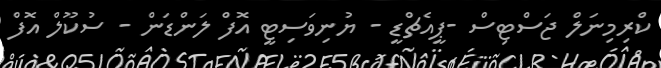
ކްރިމިނަލް ޖަސްޓިސް -ޕީއެޗްޑީ - ޔުނިވަސިޓީ އޮފް ލަންޑަން - ސުކޫލް އޮފް